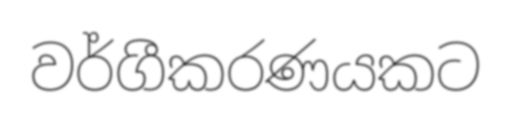
වර්ගීකරණයකට